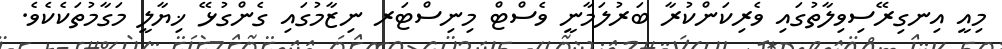
މިއީ އިނގިރޭސިވިލާތުގައި ވެރިކަންކުރާ ބަރުލަމާނީ ވެސްޓް މިނިސްޓަރ ނިޒާމުގައި ގެންގުޅޭ ޚިޔާލީ މަގާމުތަކެކެވެ.